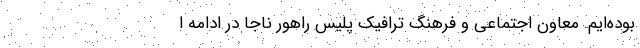
بوده‌ایم. معاون اجتماعی و فرهنگ ترافیک پلیس راهور ناجا در ادامه ا